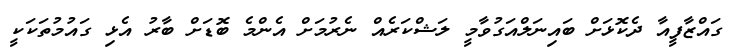
ގައްޒާފީއާ ދެކޮޅަށް ބައިނަލްއަގުވާމީ ލަޝްކަރެއް ނެރުމަށް އެންމެ ބޮޑަށް ބާރު އެޅި ގައުމުތަކަކީ